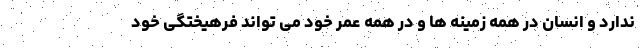
ندارد و انسان در همه زمینه ها و در همه عمر خود می تواند فرهیختگی خود